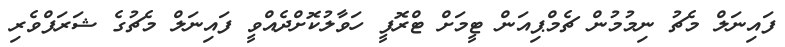
ފައިނަލް މެޗު ނިމުމުން ޗެމްޕިއަން ޓީމަށް ޓްރޮފީ ހަވާލުކޮށްދެއްވީ ފައިނަލް މެޗުގެ ޝަރަފްވެރި